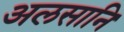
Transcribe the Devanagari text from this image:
अलसानि